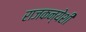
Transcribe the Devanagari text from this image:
राजकन्येशीं